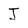
Character: J